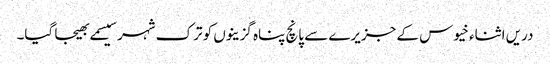
دریں اثناء خیوس کے جزیرے سے پانچ پناہ گزینوں کو ترک شہر سیسمے بھیجا گیا۔